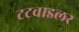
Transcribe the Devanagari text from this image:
टटवाइलर